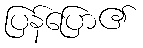
ပြန်ပြော၏